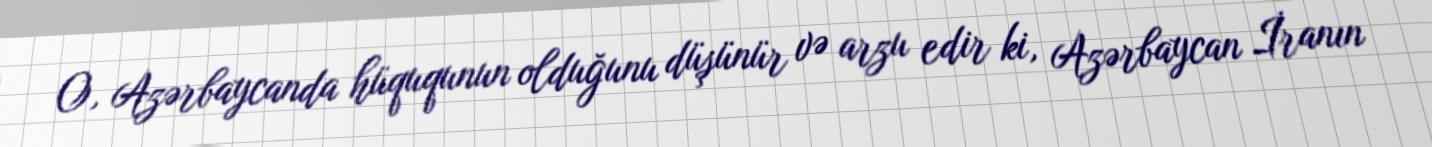
O, Azərbaycanda hüququnun olduğunu düşünür və arzu edir ki, Azərbaycan İranın